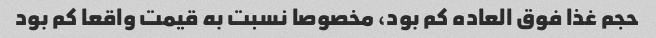
حجم غذا فوق العاده کم بود، مخصوصا نسبت به قیمت واقعا کم بود